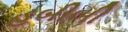
હબીબી